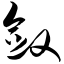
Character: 敛